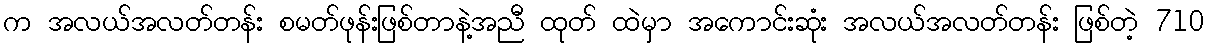
က အလယ်အလတ်တန်း စမတ်ဖုန်းဖြစ်တာနဲ့အညီ ထုတ် ထဲမှာ အကောင်းဆုံး အလယ်အလတ်တန်း ဖြစ်တဲ့ 710